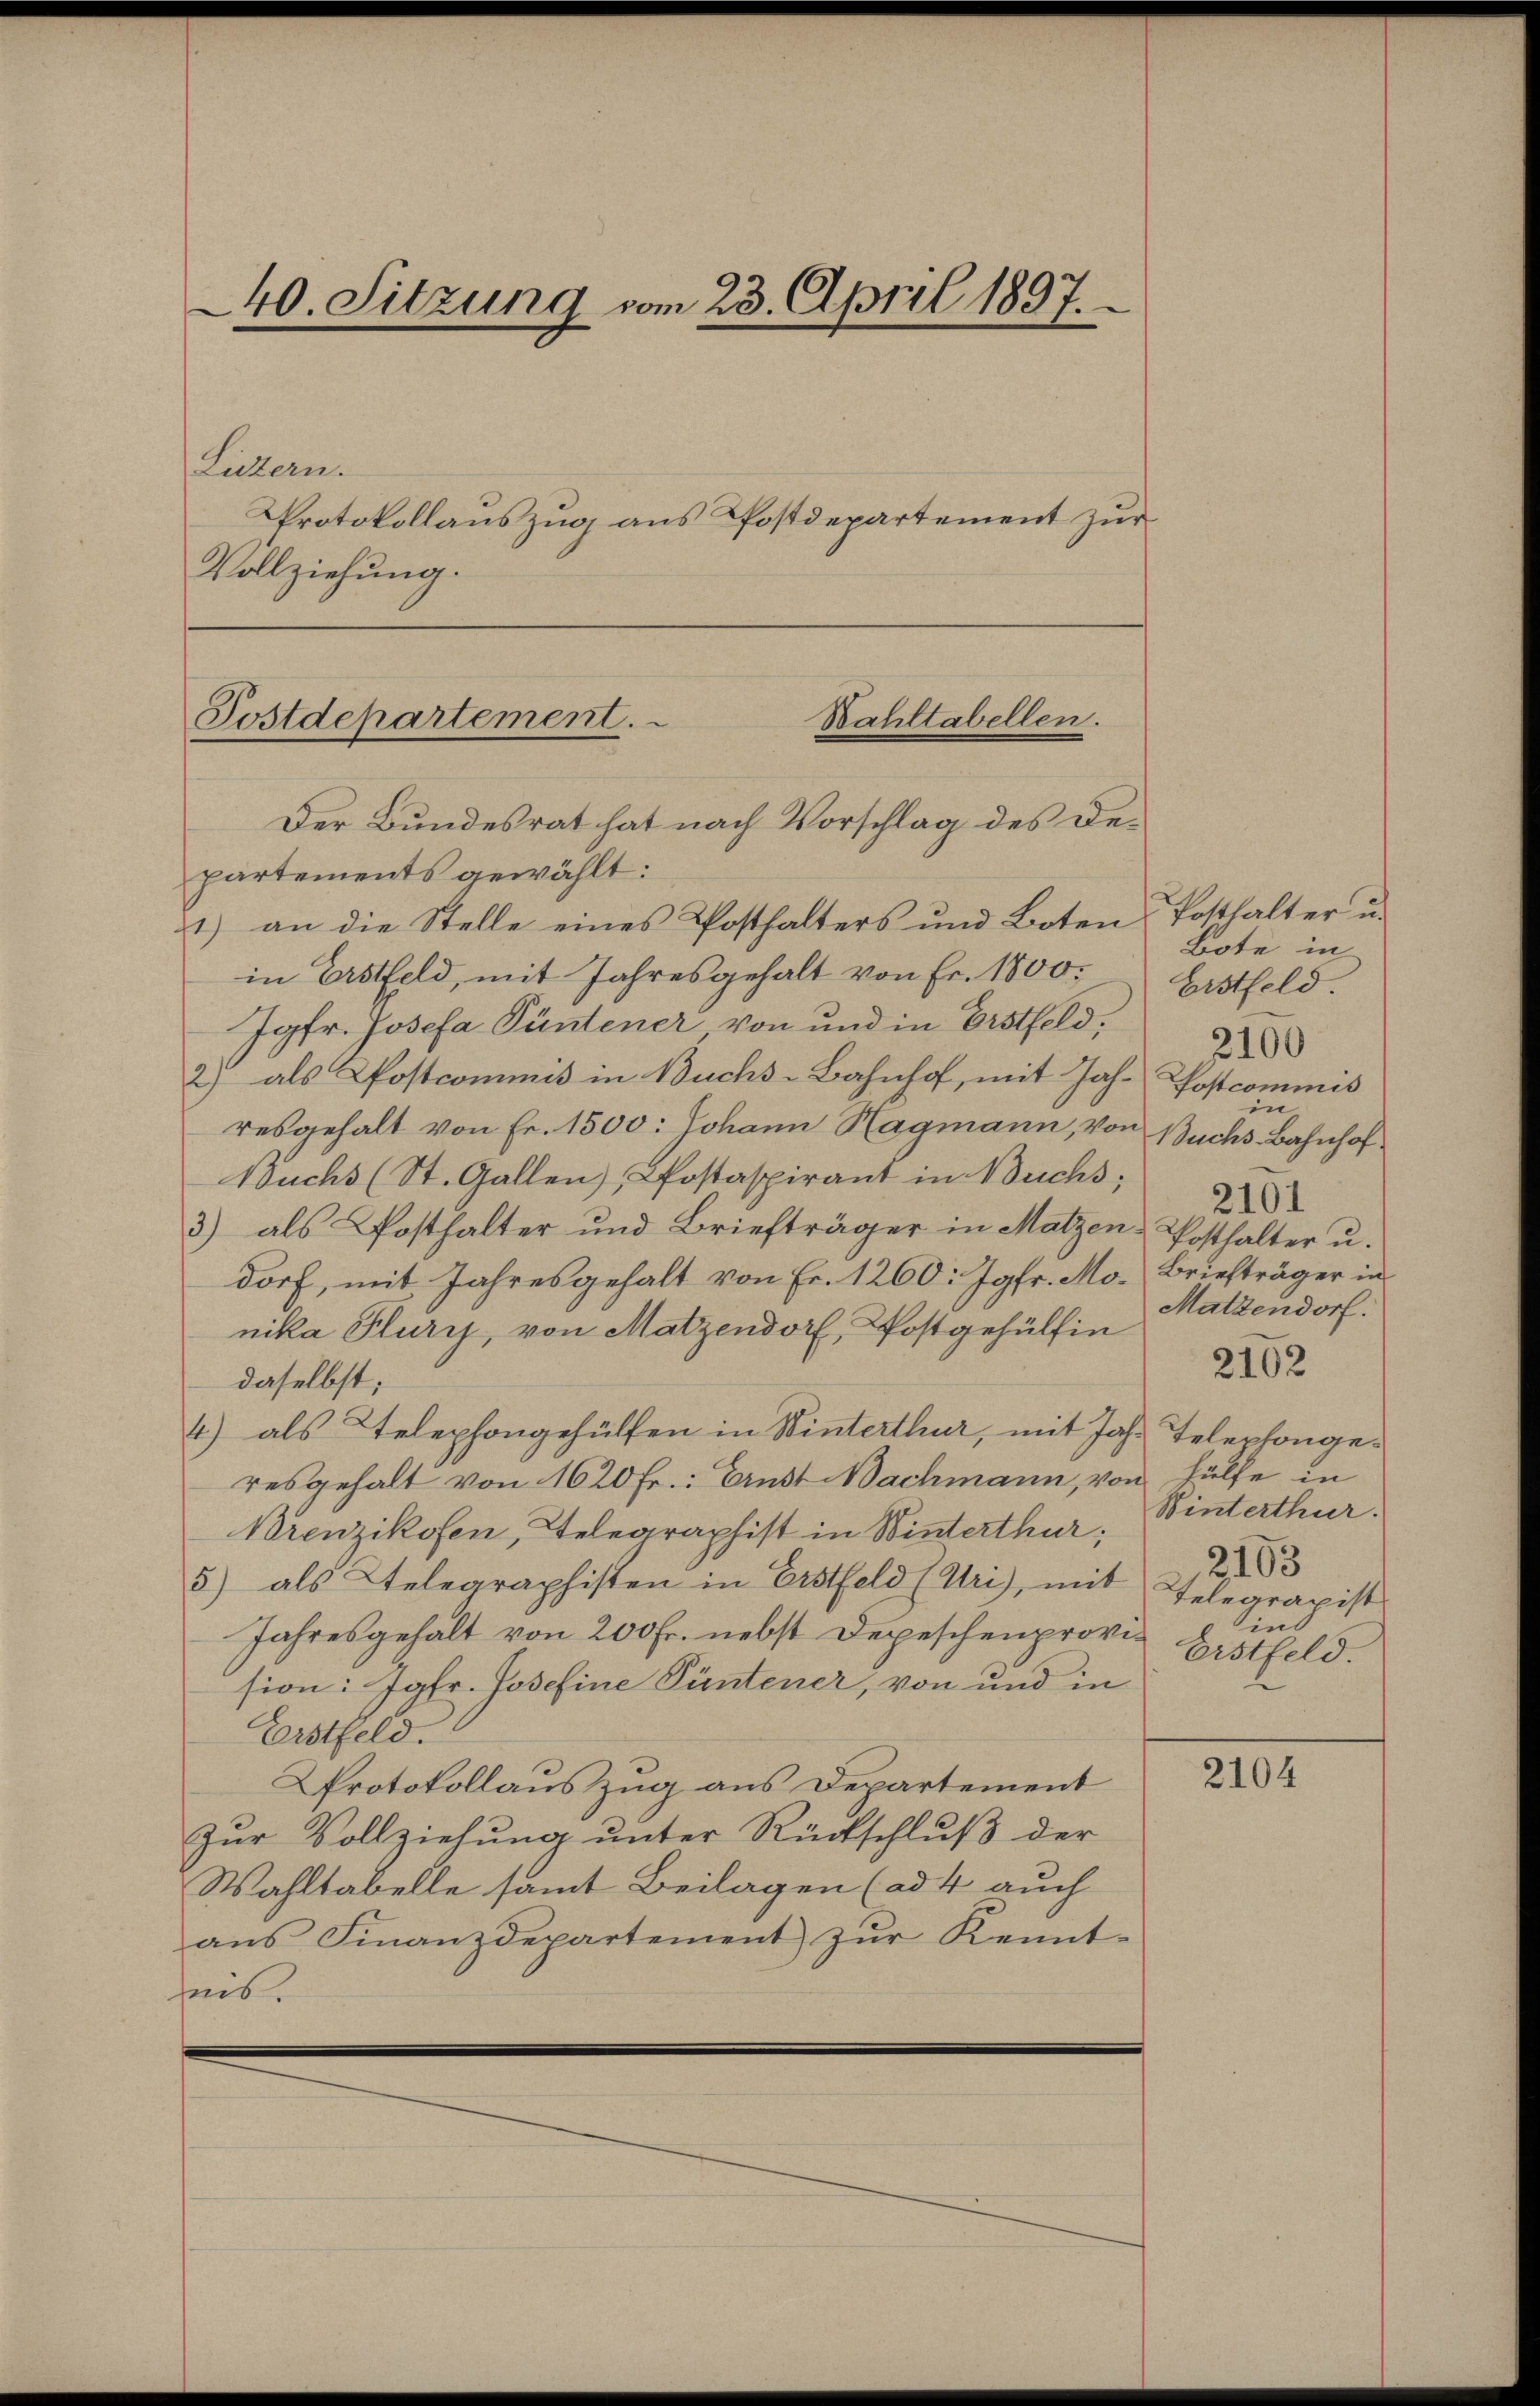
40. Sitzung vom 23. April 1897.
Litern.
Protokollauszug aus Postdepartement zur
Vollziehung.

Postdepartement.
Bahltabellen.
Der Bundesrat hat nach Vorschlag des De¬

partements gewählt:
1) an die Stelle eines Posthalters und Boten Posthalter u.
in Erstfeld, mit Jahresgehalt von Fr. 1800.
Jgfr. Josefa Püntener von und in Erstfeld,
2) als Postcommis in Buchs-Bahnhof, mit Jahr Postcommis
resgehalt von Fr. 1500: Johann Hagmann, von Buchs Bahnhof
Buchs (St. Gallen, Postaspirant in Buchs,
3) als Posthalter und Briefträger in Malzen Posthalter u.
dorf, mit Jahresgehalt von Fr. 1260: Jgfr. Mo. Briefträger in
nika Plury, von Matzendorf, Postgehülfin
daselbst;
4) als Telephongehülfen in Winterthur, mit Jahr Telephongeresgehalt von 1620 fr.: Ernst Bachmann, von Hülfe in
Brenzikofen, Telegraphist in Winterthur;
5) als Telegraphisten in Erstfeld (Uri), mit Telegrapist
Jahresgehalt von 200 Fr. nebst Depeschenprovision: Jgfr. Josefine Püntener, von und in
Erstfeld.
Protokollauszug aus Departement
Zur Vollziehung unter Rückschluß der
Wahltabelle samt Beilagen (ad 4 auch
ans Finanzdepartement zŭr Kennt-
heit.

Bote in
Erstfeld.
3100
in
2101
Matzendorf.
2102
Winterthur.
2103
ind
Erstfeld.

2104